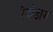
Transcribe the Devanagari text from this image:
रेमीडीज